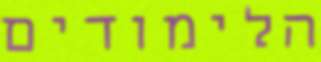
הלימודים